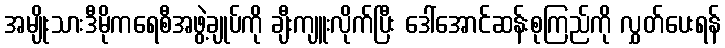
အမျိုးသားဒီမိုကရေစီအဖွဲ့ချုပ်ကို ချီးကျူးလိုက်ပြီး ဒေါ်အောင်ဆန်းစုကြည်ကို လွှတ်ပေးရန်